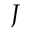
J